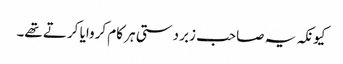
کیونکہ یہ صاحب زبردستی ہر کام کروایا کرتے تھے۔